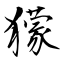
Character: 獴